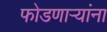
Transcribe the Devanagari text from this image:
फोडणाऱ्यांना